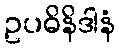
ဥပဓိနိဒါနံ